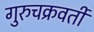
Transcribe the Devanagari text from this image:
गुरुचक्रवर्ती